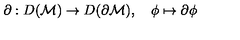
\partial : D ( { \cal M } ) \rightarrow D ( \partial { \cal M } ) , \quad \phi \mapsto \partial \phi